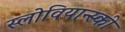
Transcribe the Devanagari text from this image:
स्लोवियान्स्की